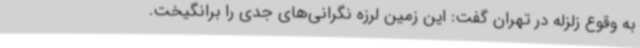
به وقوع زلزله در تهران گفت: این زمین لرزه نگرانی‌های جدی را برانگیخت.